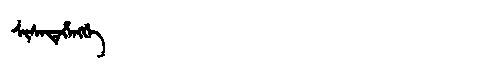
Manchu: ᠰᡳᠰᡝᡨᡝᡥᡝᠩᡤᡝ
Romanization: SISETEHENGGE